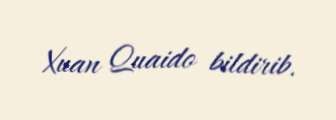
Xuan Quaido bildirib.